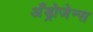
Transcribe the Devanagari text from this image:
अँड्रोजेन्स